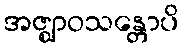
အဇ္ဈာဝသန္တောပိ